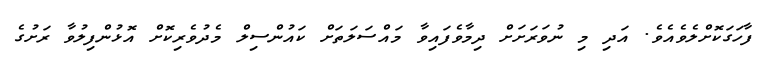
ފާހަގަކޮށްލެވެއެވެ. އަދި މި ނުވަރަށަށް ދިމާވެފައިވާ މައްސަލަތަށް ކައުންސިލް މެދުވެރިކޮށް އޮޅުންފިލުވާ ރަށުގެ